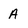
Character: A